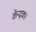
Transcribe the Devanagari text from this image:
केन्द्रक।